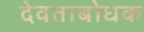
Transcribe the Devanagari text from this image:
देवताबोधक